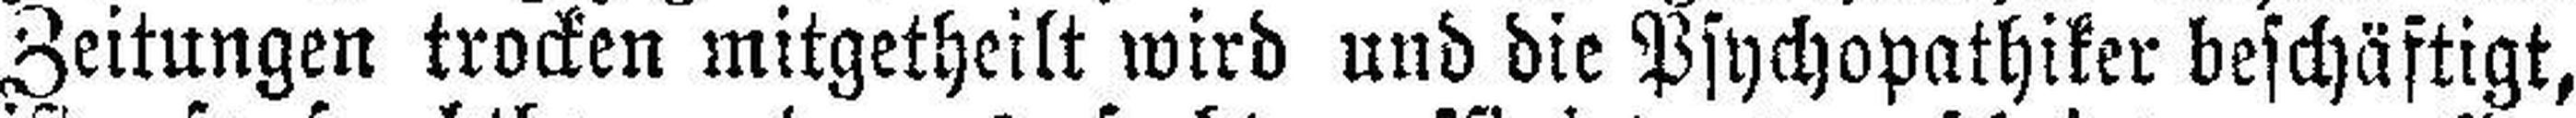
Zeitungen trocken mitgetheilt wird und die Psychopathiker beschäftigt,